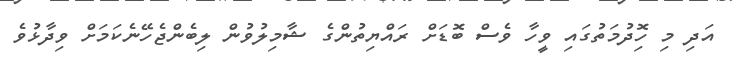
އަދި މި ހިޮދުމަތުގައި ވީހާ ވެސް ބޮޑަށް ރައްޔިތުންގެ ޝާމިލުވުން ލިބެންޖެހޭނެކަމަށް ވިދާޅުވެ